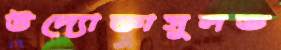
উদ্যোক্তাসুলভ